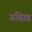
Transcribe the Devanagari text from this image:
ऊबिख़